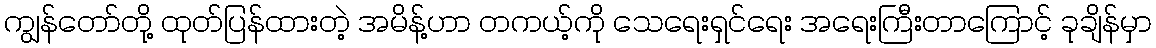
ကျွန်တော်တို့ ထုတ်ပြန်ထားတဲ့ အမိန့်ဟာ တကယ့်ကို သေရေးရှင်ရေး အရေးကြီးတာကြောင့် ခုချိန်မှာ